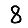
Digit: 8